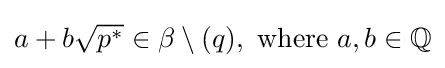
a+b{\sqrt {p^{*}}}\in \beta \setminus (q),{\text{ where }}a,b\in \mathbb {Q}